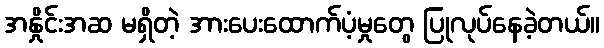
အနှိုင်းအဆ မရှိတဲ့ အားပေးထောက်ပံ့မှုတွေ ပြုလုပ်နေခဲ့တယ်။